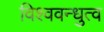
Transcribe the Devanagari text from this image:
विश्ववन्धुत्व